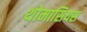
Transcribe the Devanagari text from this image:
थोमासियस